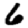
Digit: 6